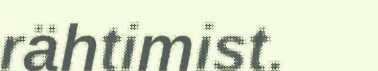
rähtimist.